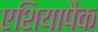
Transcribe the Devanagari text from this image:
एशियापैक